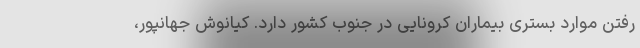
رفتن موارد بستری بیماران کرونایی در جنوب کشور دارد. کیانوش جهانپور،